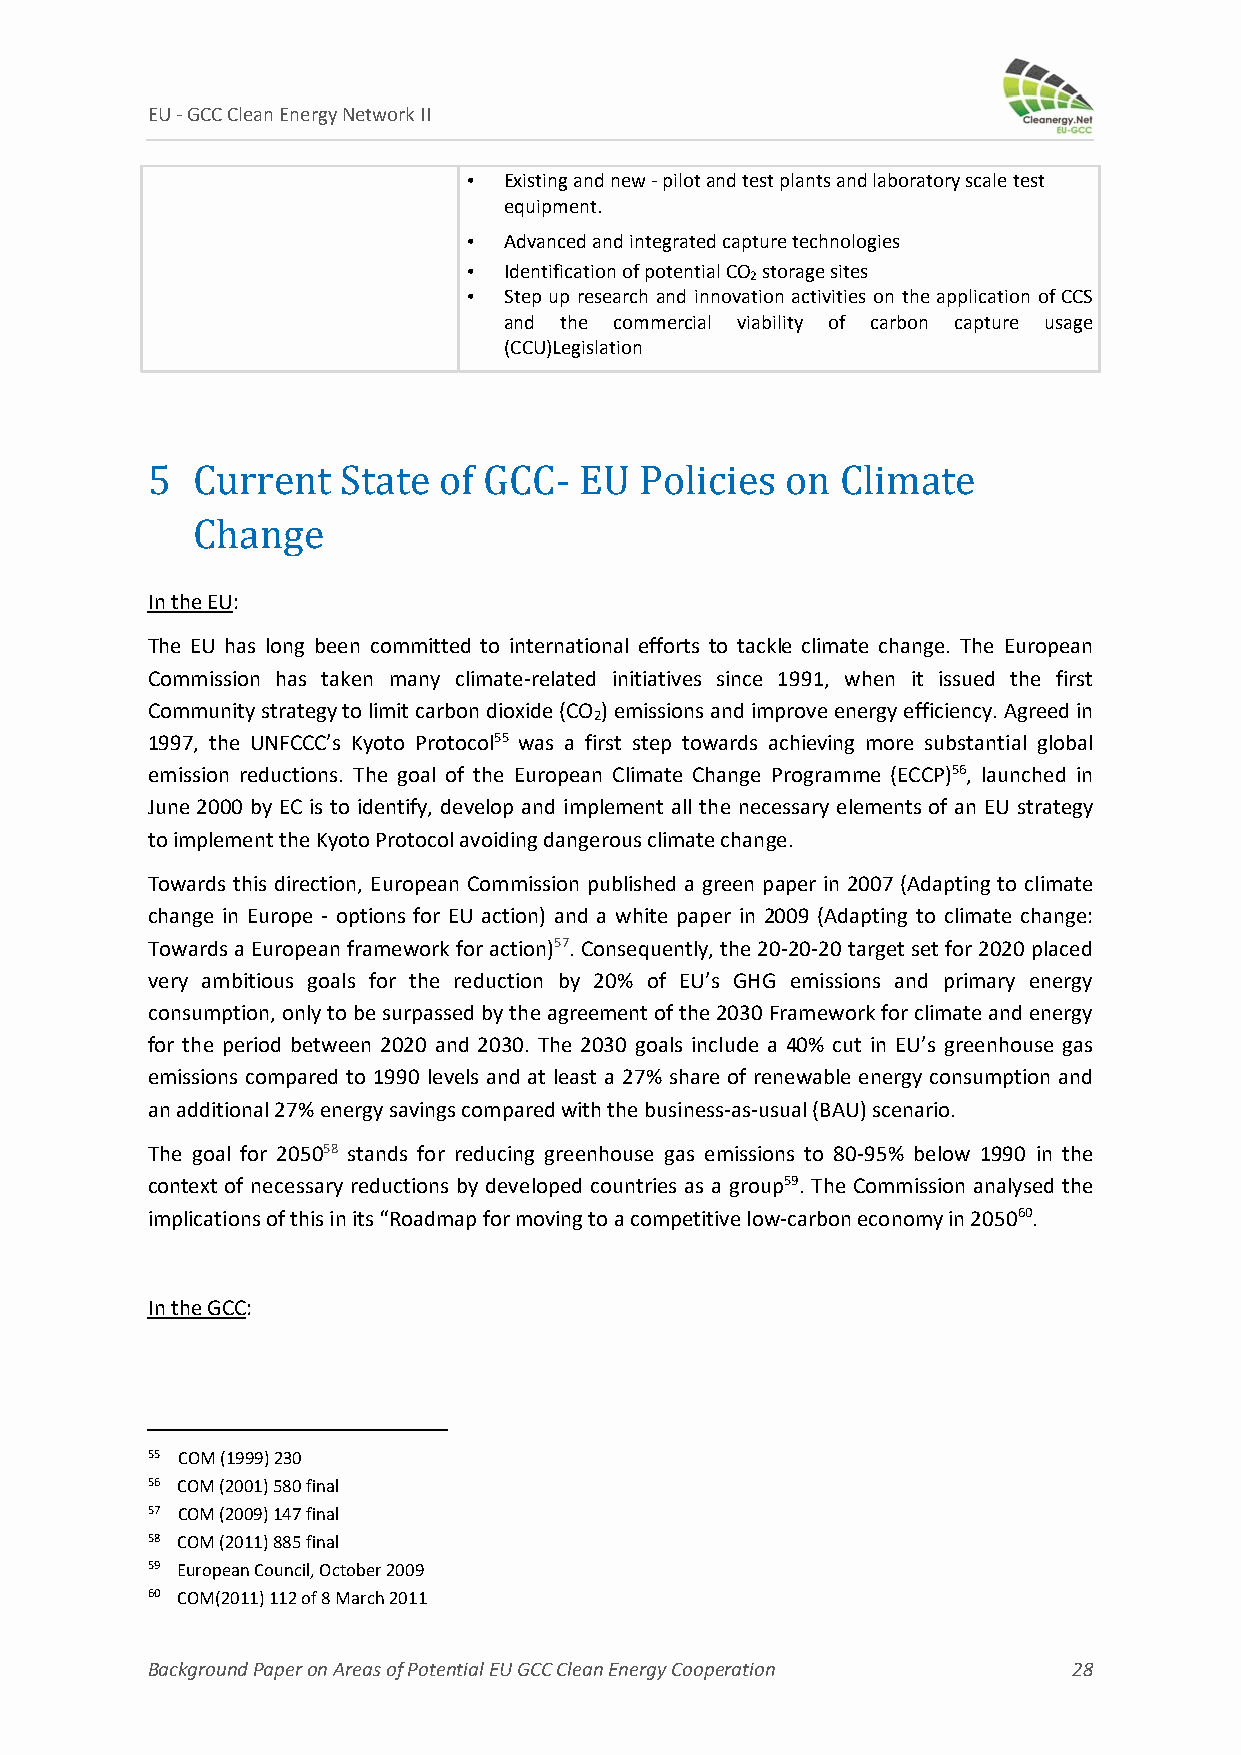
EU ‐ GCC Clean Energy Network II
 • Existing and new ‐pilot and test plants and laboratory scale test
 equipment.
 • Advanced and integrated capture technologies
 • Identification of potential CO storage sites
 2
 • Step up research and innovation activities on the application of CCS
 and the commercial viability of carbon capture usage
 (CCU)Legislation
 5  Current   State of GCC‐  EU  Policies  on  Climate
 Change
 In the EU:
 The EU has long been committed to international efforts to tackle climate change. The European
 Commission has taken many climate‐related initiatives since 1991, when it issued the first
 Community strategy to limit carbon dioxide (CO ) emissions and improve energy efficiency. Agreed in
 2
 1997, the UNFCCC’s Kyoto Protocol55 was a first step towards achieving more substantial global
 emission reductions. The goal of the European Climate Change Programme (ECCP)56, launched in
 June 2000 by EC is to identify, develop and implement all the necessary elements of an EU strategy
 to implement the Kyoto Protocol avoiding dangerous climate change.
 Towards this direction, European Commission published a green paper in 2007 (Adapting to climate
 change in Europe ‐ options for EU action) and a white paper in 2009 (Adapting to climate change:
 Towards a European framework for action)57. Consequently, the 20‐20‐20 target set for 2020 placed
 very ambitious goals for the reduction by 20% of EU’s GHG emissions and primary energy
 consumption, only to be surpassed by the agreement of the 2030 Framework for climate and energy
 for the period between 2020 and 2030. The 2030 goals include a 40% cut in EU’s greenhouse gas
 emissions compared to 1990 levels and at least a 27% share of renewable energy consumption and
 an additional 27% energy savings compared with the business‐as‐usual (BAU) scenario.
 The goal for 205058 stands for reducing greenhouse gas emissions to 80‐95% below 1990 in the
 context of necessary reductions by developed countries as a group59. The Commission analysed the
 implications of this in its “Roadmap for moving to a competitive low‐carbon economy in 205060.
 In the GCC:
 55 COM (1999) 230
 56 COM (2001) 580 final
 57 COM (2009) 147 final
 58 COM (2011) 885 final
 59 European Council, October 2009
 60 COM(2011) 112 of 8 March 2011
 Background Paper on Areas of Potential EU GCC Clean Energy Cooperation 28